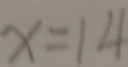
x = 1 4